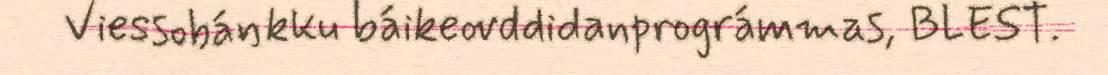
Viessobáŋkku báikeovddidanprográmmas, BLEST.